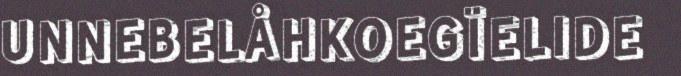
UNNEBELÅHKOEGÏELIDE